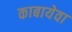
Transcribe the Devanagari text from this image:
काबायेवा